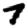
Digit: 7